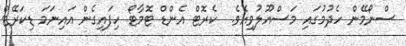
ސްނޯމޭން ހެދުމުގައި މަސްއޫލުވިއެވެ.  ކެރޮޓް އެންޑް ޓޮމާޓޯ ހިފައިގެން އައިނަމަ ޑިކަރޭޓް